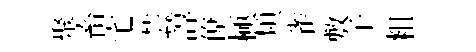
聚畜宅芸諄僚極類雀敷子粗